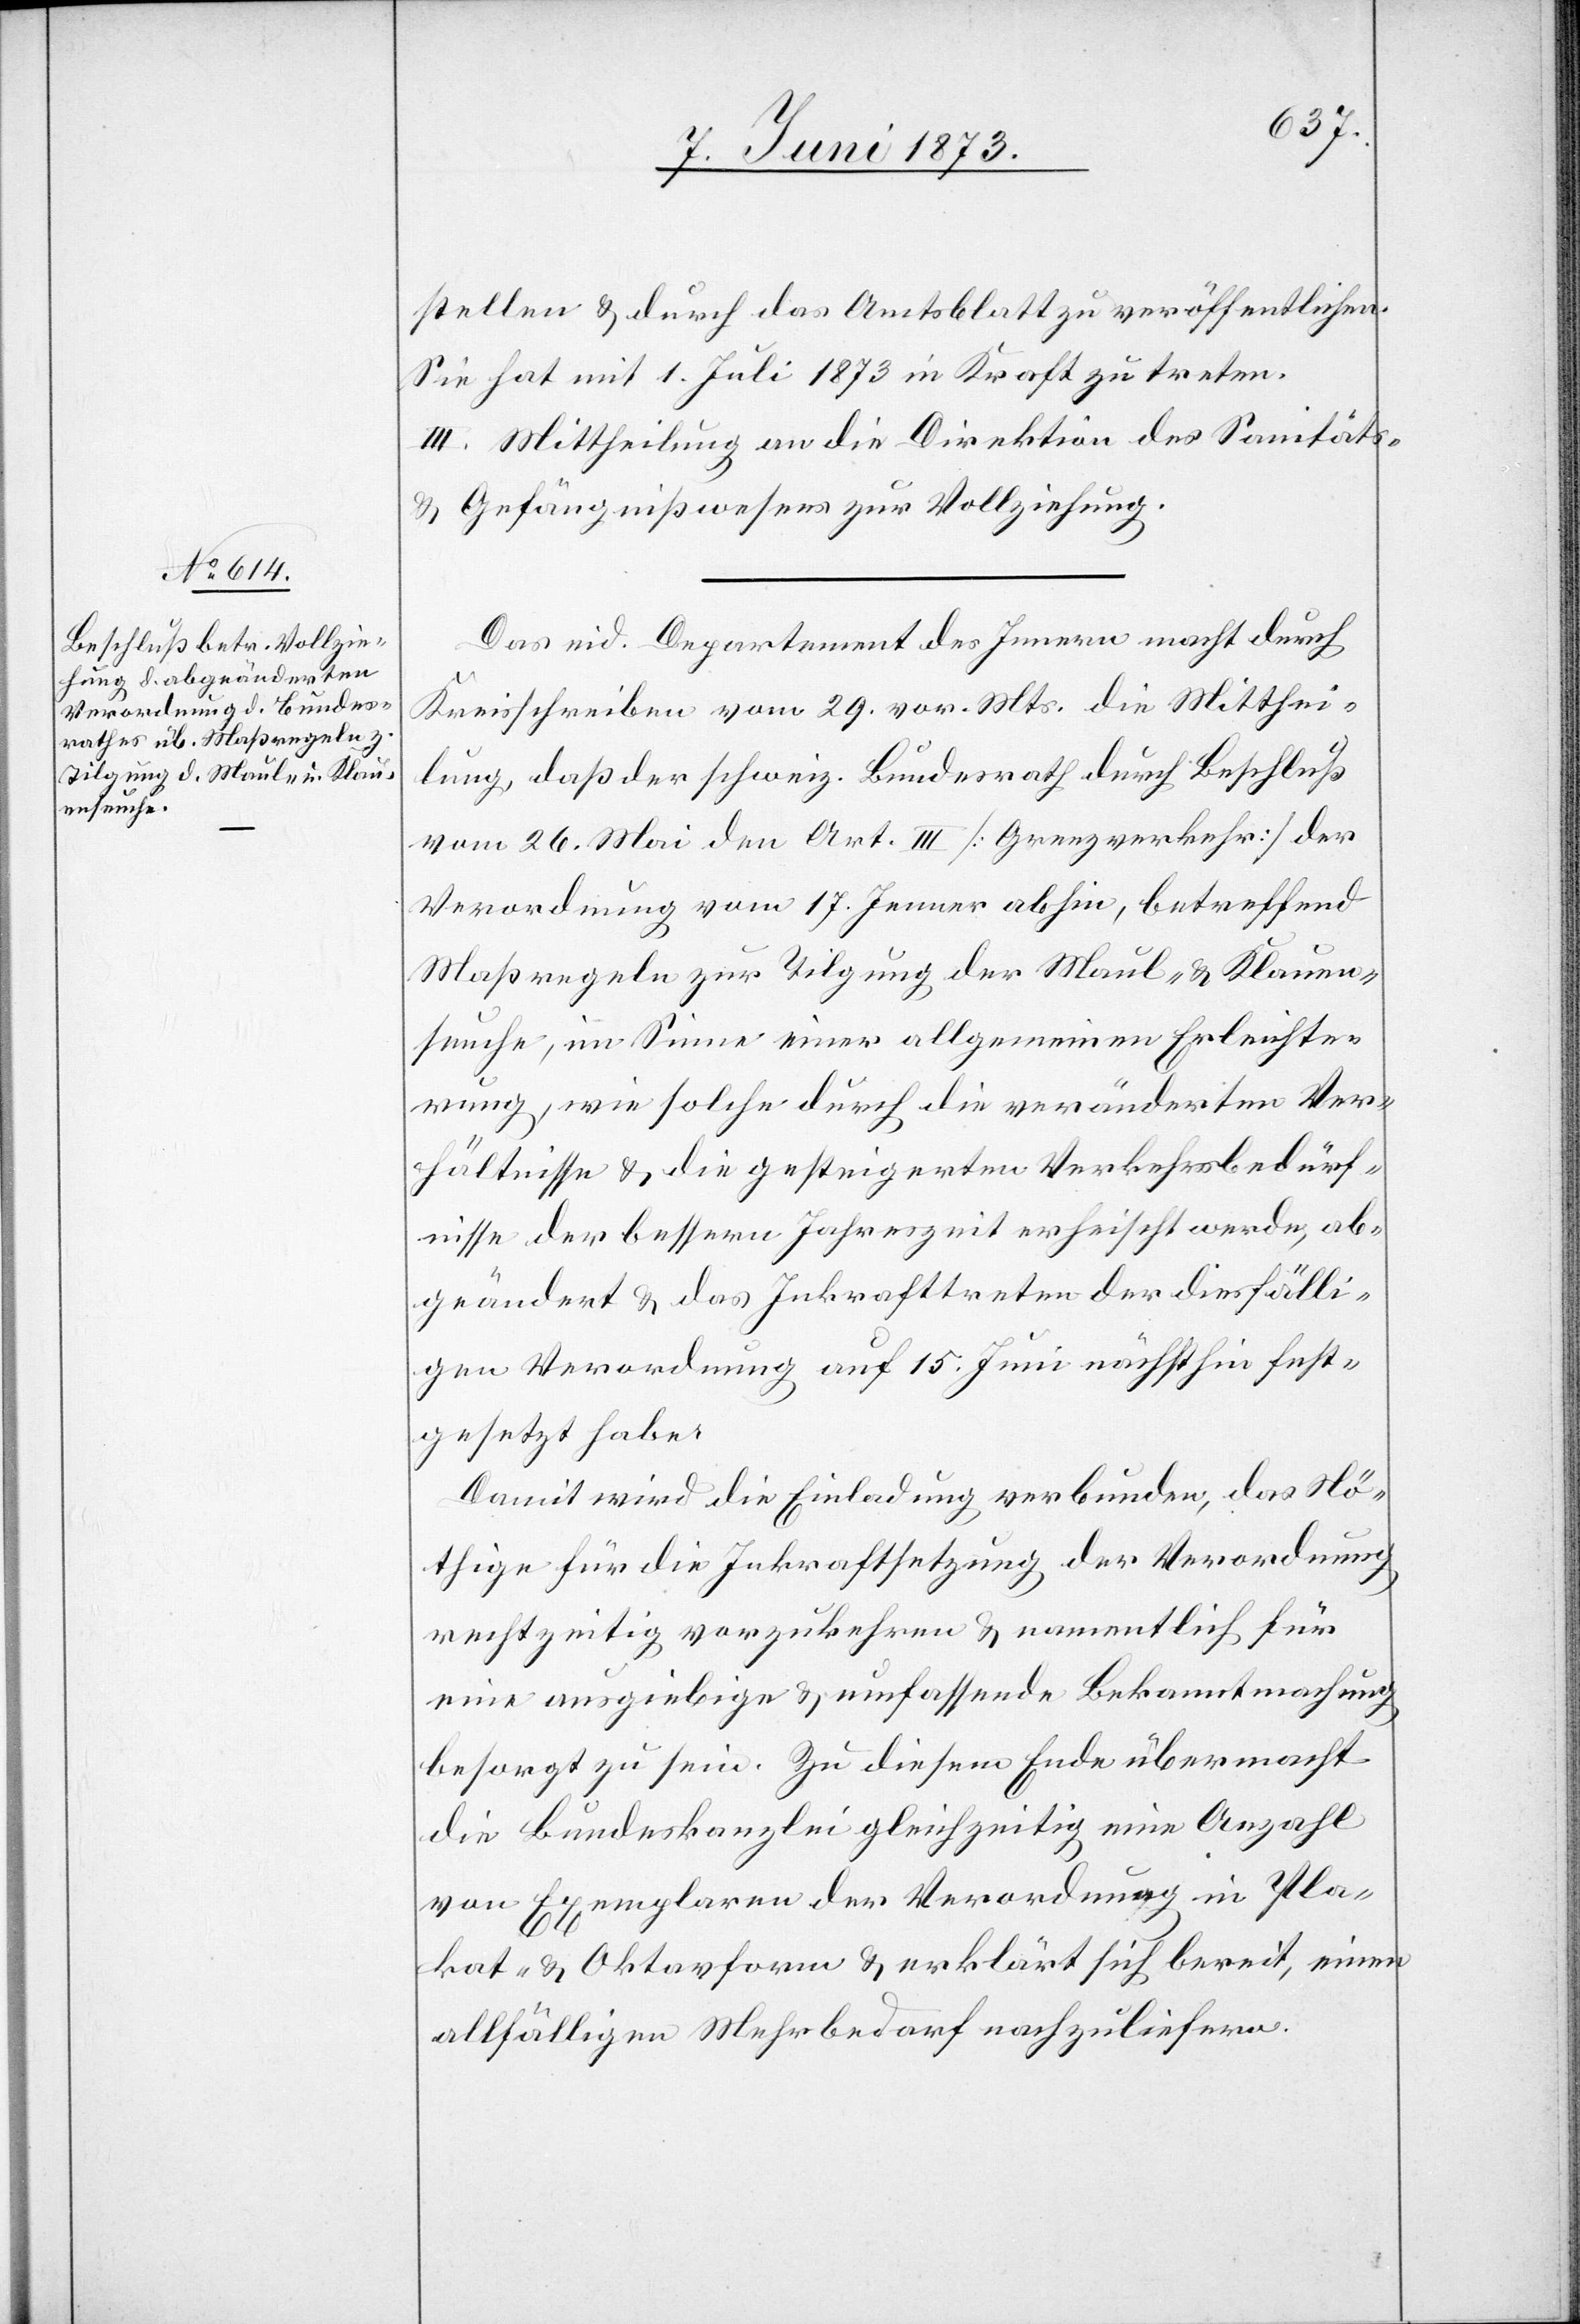
stellen & durch das Amtsblatt zu veröffentlichen.
Sie hat mit 1. Juli 1873 in Kraft zu treten.
II. Mittheilung an die Direktion des Sanitäts-
& Gefängnißwesens zur Vollziehung.
Das eid. Departement des Innern macht durch
Kreisschreiben vom 29. vor. Mts. die Mitthei¬
lung, daß der schweiz. Bundesrath durch Beschluß
vom 26. Mai den Art. III [Grenzverkehr] der
Verordnung vom 17. Jenner abhin, betreffend
Maßregeln zur Tilgung der Maul- & Klauen¬
seuche, im Sinne einer allgemeinen Erleichte¬
rung, wie solche durch die veränderten Ver¬
hältnisse & die gesteigerten Verkehrsbedürf¬
nisse der bessern Jahreszeit erheischt werde, ab¬
geändert & das Inkrafttreten der diesfälli¬
gen Verordnung auf 15. Juni nächsthin fest¬
gesetzt habe.
Damit wird die Einladung verbunden, das Nö¬
thige für die Inkraftsetzung der Verordnung
rechtzeitig vorzukehren & namentlich für
eine ausgiebige & umfassende Bekanntmachung
besorgt zu sein. Zu diesem Ende übermacht
die Bundeskanzlei gleichzeitig eine Anzahl
von Exemplaren der Verordnung in Pla¬
kat- & Oktavform & erklärt sich bereit, einen
allfälligen Mehrbedarf nachzuliefern.